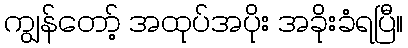
ကျွန်တော့် အထုပ်အပိုး အခိုးခံရပြီ။